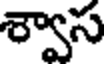
శ్వాస